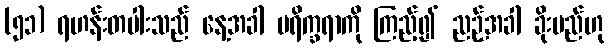
(၅၁) ရဟန်းတပါးသည် နေ့အခါ ပရိက္ခရာကို ကြည့်၍ ညဉ့်အခါ ခိုးမည်ဟု